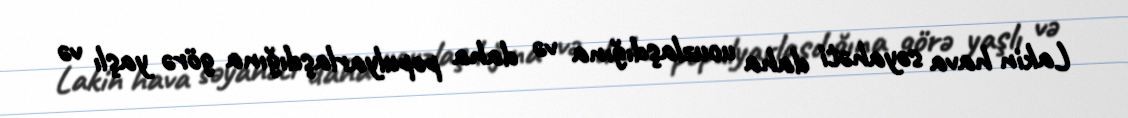
Lakin hava səyahəti daha ucuzlaşdığına və daha populyarlaşdığına görə yaşlı və